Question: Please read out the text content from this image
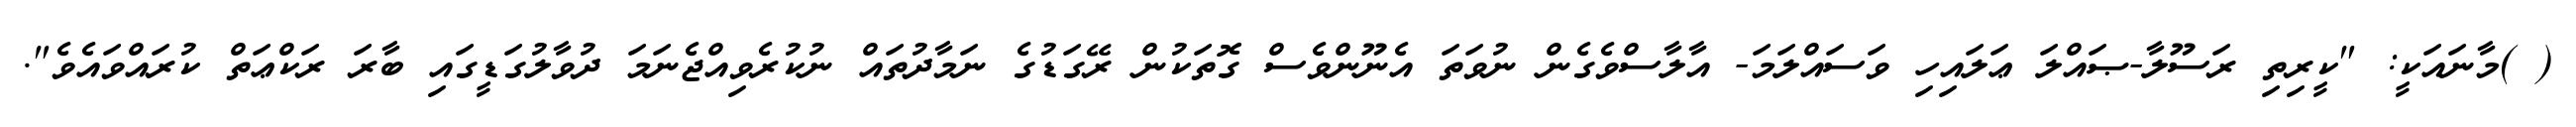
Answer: ( )މާނައަކީ: "ކީރިތި ރަސޫލާ-ޞައްލަ ޢަލައިހި ވަސައްލަމަ- އާލާސްވެގެން ނުވަތަ އެނޫންވެސް ގޮތަކުން ރޭގަޑުގެ ނަމާދުތައް ނުކުރެވިއްޖެނަމަ ދުވާލުގަޑީގައި ބާރަ ރަކްޢަތް ކުރައްވައެވެ".